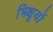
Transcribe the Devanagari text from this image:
भिक्षुयों